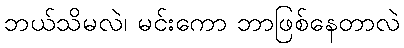
ဘယ်သိမလဲ၊ မင်းကော ဘာဖြစ်နေတာလဲ